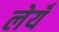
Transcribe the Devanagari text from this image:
लेयँ